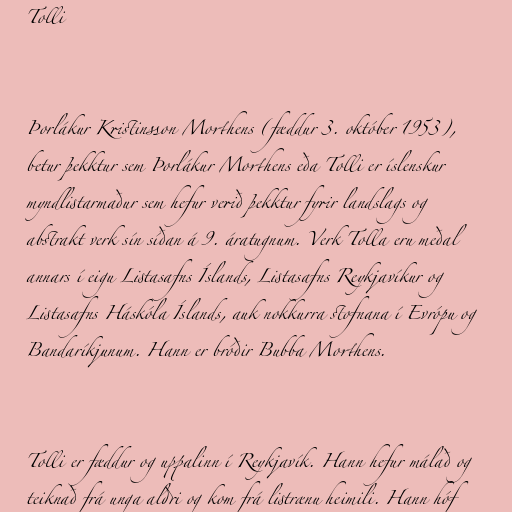
Tolli

Þorlákur Kristinsson Morthens (fæddur 3. október 1953),
betur þekktur sem Þorlákur Morthens eða Tolli er íslenskur
myndlistarmaður sem hefur verið þekktur fyrir landslags og
abstrakt verk sín síðan á 9. áratugnum. Verk Tolla eru meðal
annars í eigu Listasafns Íslands, Listasafns Reykjavíkur og
Listasafns Háskóla Íslands, auk nokkurra stofnana í Evrópu og
Bandaríkjunum. Hann er bróðir Bubba Morthens.

Tolli er fæddur og uppalinn í Reykjavík. Hann hefur málað og
teiknað frá unga aldri og kom frá listrænu heimili. Hann hóf